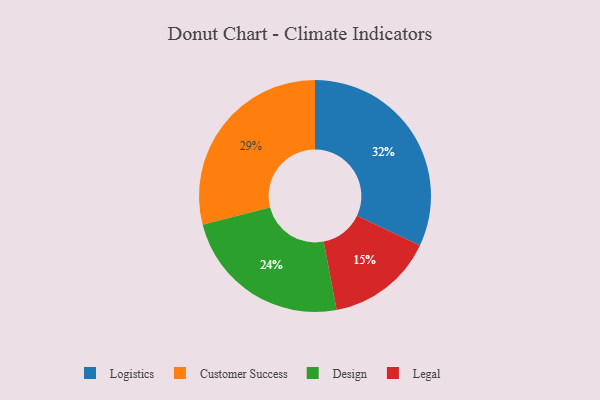
{"axis": {"x": "Category", "y": "Percentage"}, "legend": ["Customer Success", "Design", "Legal", "Logistics"], "data": [{"x": "Customer Success", "y": 29, "type": "Customer Success"}, {"x": "Design", "y": 24, "type": "Design"}, {"x": "Legal", "y": 15, "type": "Legal"}, {"x": "Logistics", "y": 32, "type": "Logistics"}]}